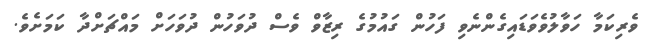
ވެރިކަމާ ހަވާލުވެވަޑައިގެންނެވި ފަހުން ގައުމުގެ ރިޒާވް ވެސް ދުވަހުން ދުވަހަށް މައްޗަށްދާ ކަމަަށެވެ.